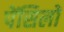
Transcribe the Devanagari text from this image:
पेंसिलों